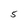
Character: 5